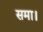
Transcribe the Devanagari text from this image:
समा।